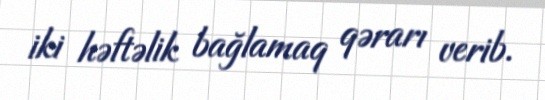
iki həftəlik bağlamaq qərarı verib.